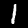
Digit: 1